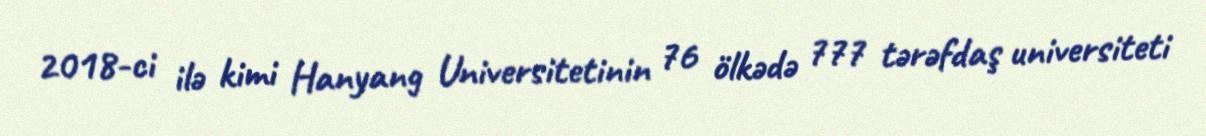
2018-ci ilə kimi Hanyang Universitetinin 76 ölkədə 777 tərəfdaş universiteti